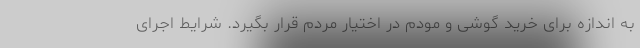
به اندازه برای خرید گوشی و مودم در اختیار مردم قرار بگیرد. شرایط اجرای